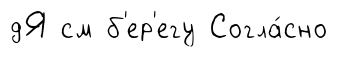
дЯ см б'ер'егу Согла́сно